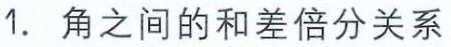
1. 角之间的和差倍分关系